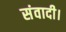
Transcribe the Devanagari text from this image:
संवादी।